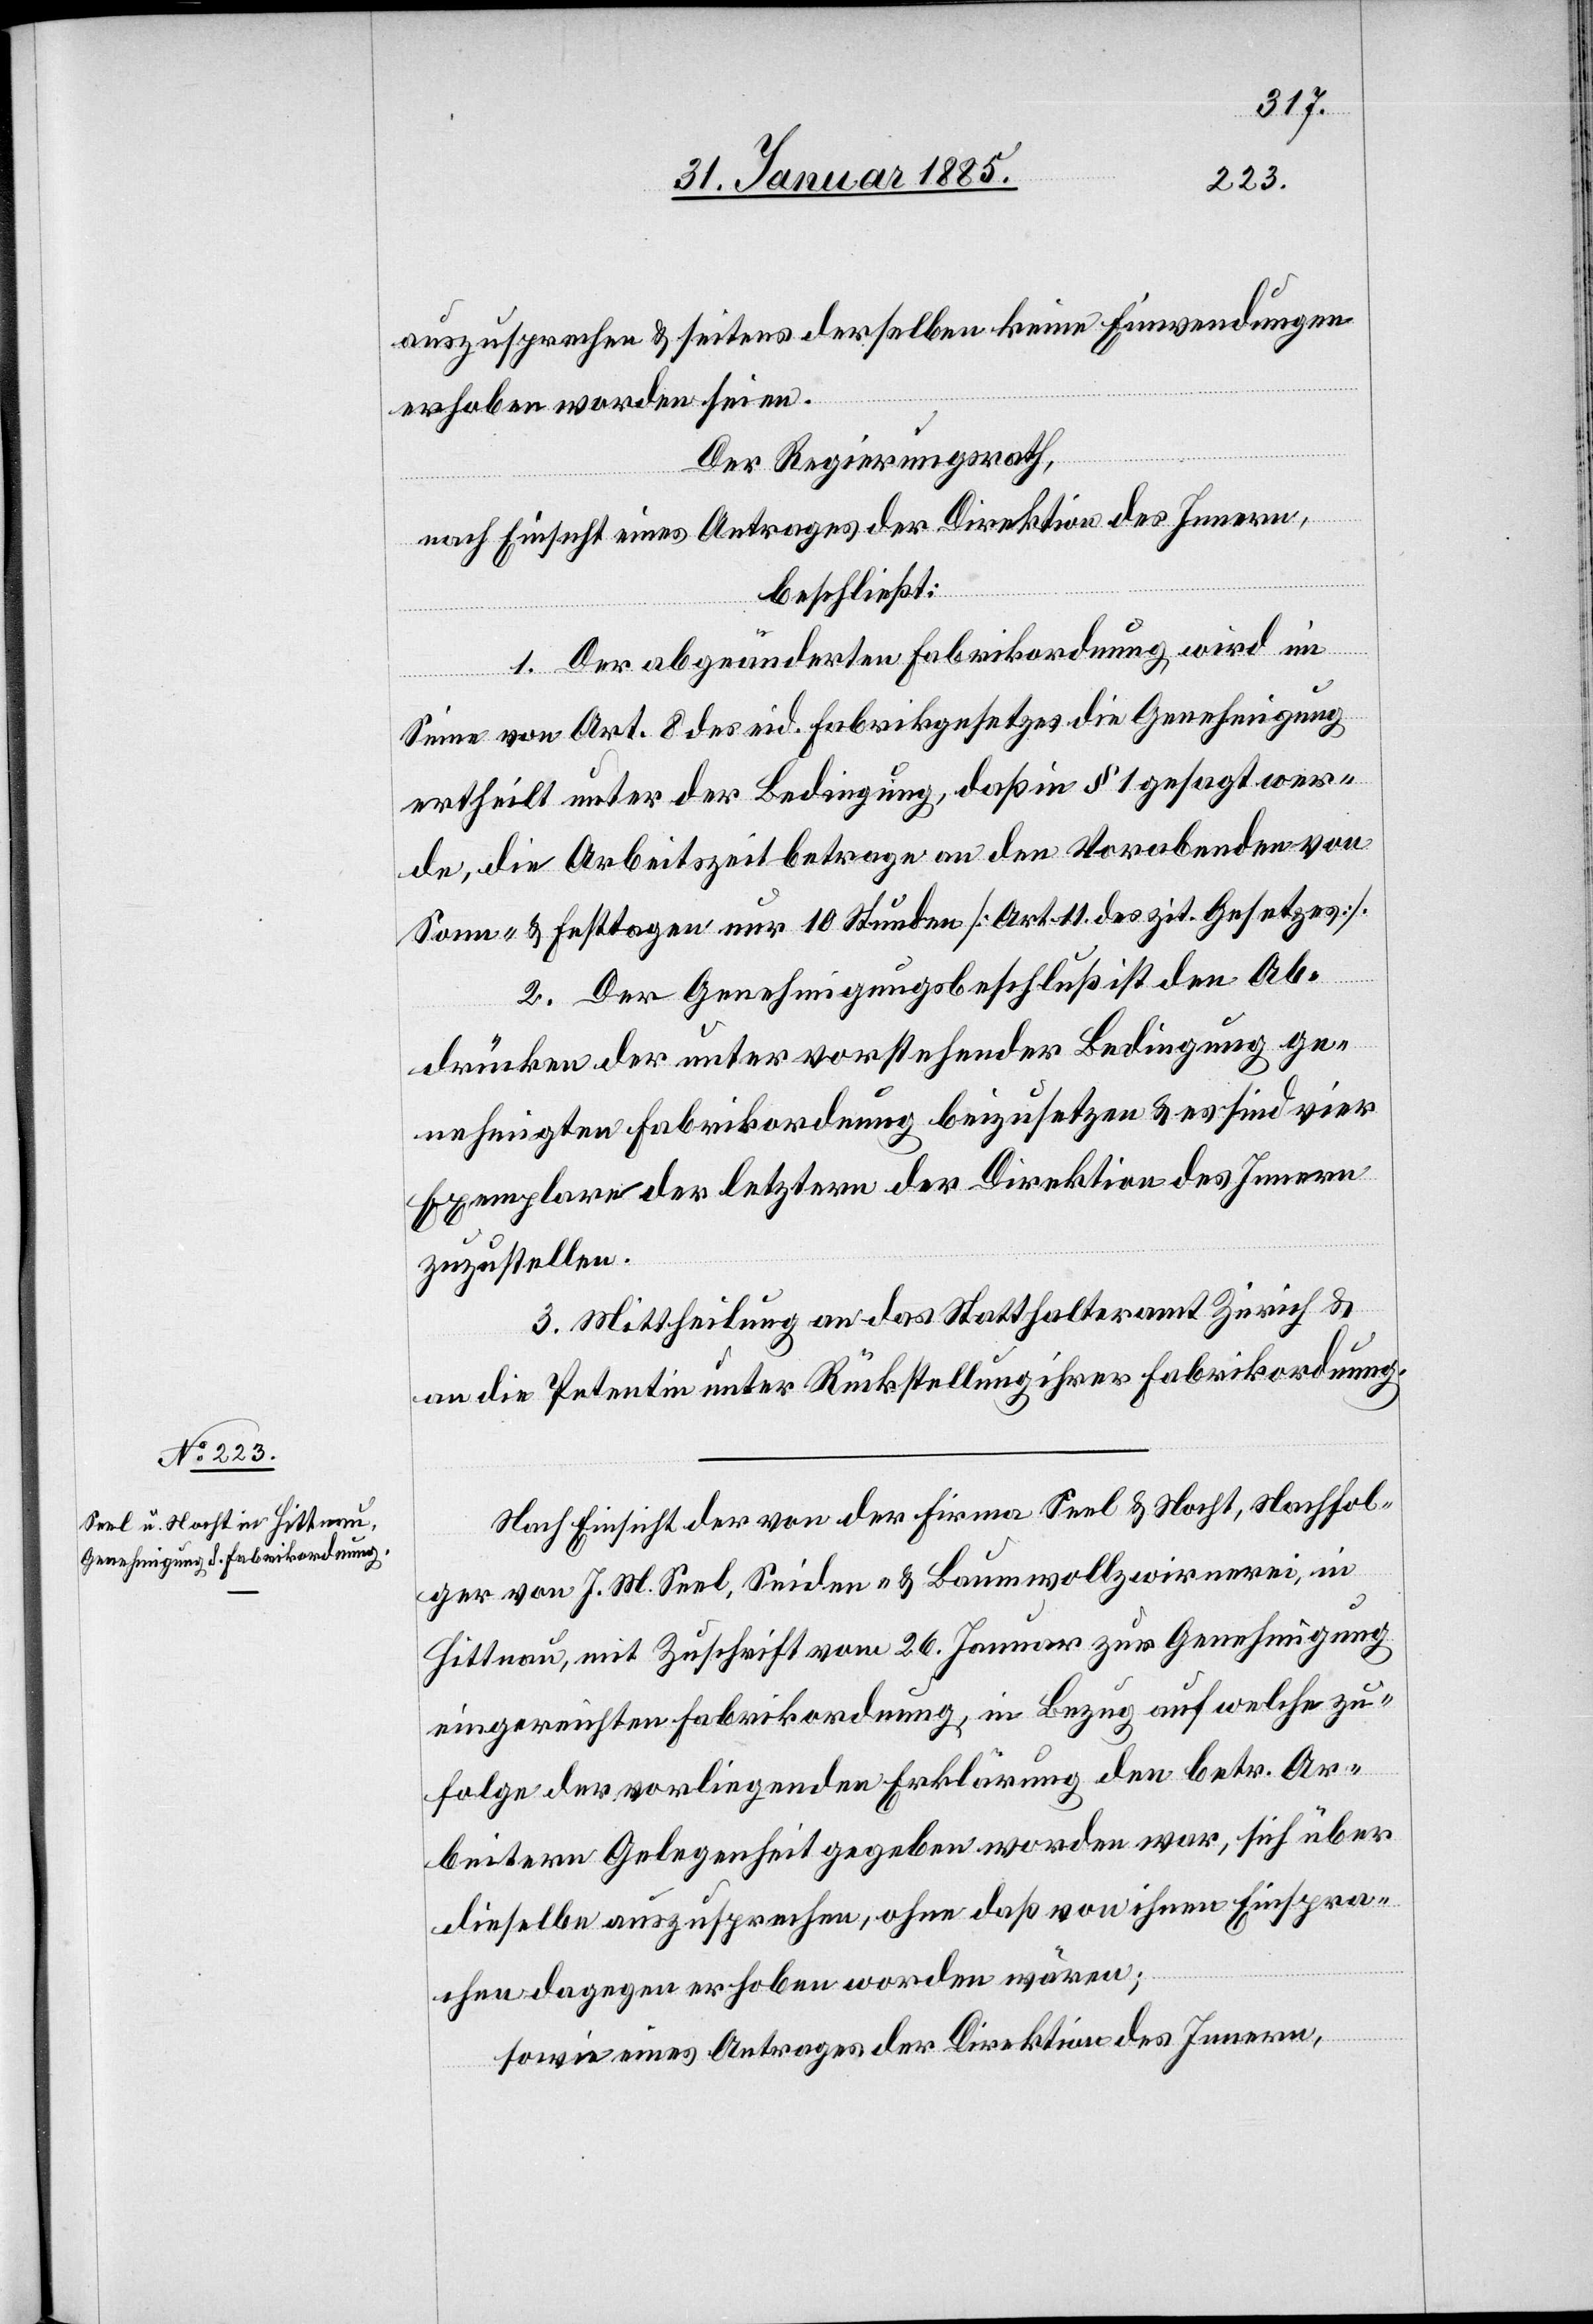
auszusprechen & seitens derselben keine Einwendungen
erhoben worden seien.
Der Regierungsrath,
nach Einsicht eines Antrages der Direktion des Innern,
beschließt:
1. Der abgeänderten Fabrikordnung wird im
Sinne von Art. 8 des eid. Fabrikgesetzes die Genehmigung
ertheilt, unter der Bedingung, daß in § 1 gesagt wer¬
de, die Arbeitszeit betrage an den Vorabenden von
Sonn- & Festtagen nur 10 Stunden [Art. 11 des zit. Gesetzes].
2. Der Genehmigungsbeschluß ist den Ab¬
drücken der unter vorstehender Bedingung ge¬
nehmigten Fabrikordnung beizusetzen & es sind vier
Exemplare der letztern der Direktion des Innern
zuzustellen.
3. Mittheilung an das Statthalteramt Zürich &
an die Petentin unter Rückstellung ihrer Fabrikordnung.
Nach Einsicht der von der Firma Seel & Nocht, Nachfol¬
ger von J. M. Seel, Seiden- & Baumwollzwirnerei, in
Hittnau, mit Zuschrift vom 26. Januar zur Genehmigung
eingereichten Fabrikordnung, in Bezug auf welche zu
Folge der vorliegenden Erklärung den betr. Ar¬
beitern Gelegenheit gegeben worden war, sich über
dieselbe auszusprechen, ohne daß von ihnen Einspra¬
chen dagegen erhoben worden wären;
sowie eine Antrages der Direktion des Innern,